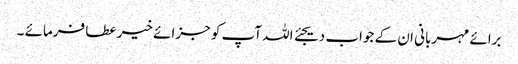
برائے مہربانی ان کے جواب دیجئے اللہ آپ کو جزائے خیر عطا فرمائے ۔